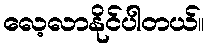
လေ့လာနိုင်ပါတယ်။